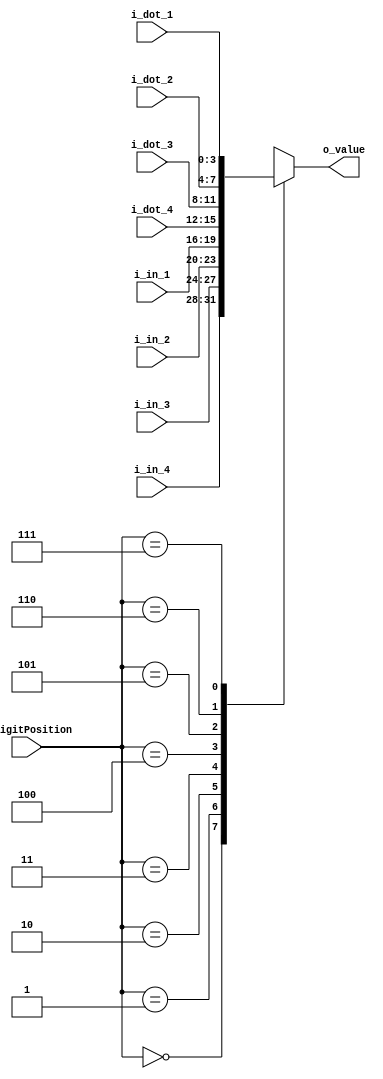
`timescale 1ns / 1ps

module MUX_8x1(
    input [3:0] i_in_1, i_in_2, i_in_3, i_in_4, i_dot_1, i_dot_2, i_dot_3, i_dot_4,
    input [2:0] i_digitPosition,
    output [3:0] o_value
    );

    reg [3:0] r_value;
    assign o_value = r_value;

    always @(*) begin
        case (i_digitPosition)
            3'b000 : r_value = i_in_4;
            3'b001 : r_value = i_in_3;
            3'b010 : r_value = i_in_2;
            3'b011 : r_value = i_in_1;
            3'b100 : r_value = i_dot_4;
            3'b101 : r_value = i_dot_3;
            3'b110 : r_value = i_dot_2;
            3'b111 : r_value = i_dot_1;
        endcase
    end
endmodule